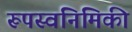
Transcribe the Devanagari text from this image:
रूपस्वनिमिकी